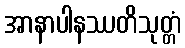
အာနာပါနဿတိသုတ္တံ